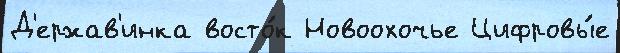
Д'ержав'инка восто́к Новоохочье Цифровы́е